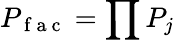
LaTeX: P_{\mathrm{~f~a~c~}}=\prod P_{j}